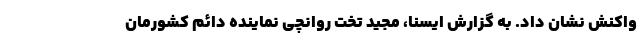
واکنش نشان داد. به گزارش ایسنا، مجید تخت روانچی نماینده دائم کشورمان